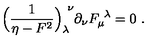
\Bigl ( { \frac { 1 } { \eta - F ^ { 2 } } } \Bigr ) _ { \lambda } ^ { \ \nu } \partial _ { \nu } F _ { \mu } ^ { \ \lambda } = 0 \ .